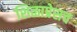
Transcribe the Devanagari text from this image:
शिळाप्रेसच